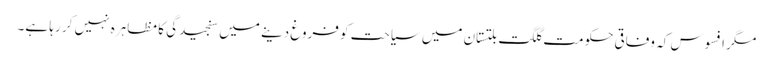
مگر افسوس کہ وفاقی حکومت گلگت بلتستان میں سیاحت کو فروغ دینے میں سنجیدگی کا مظاہرہ نہیں کر رہا ہے۔